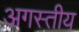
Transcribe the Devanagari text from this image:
अगस्तीय